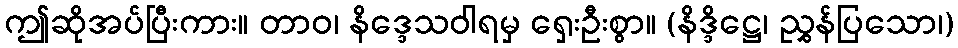
ဤဆိုအပ်ပြီးကား။ တာဝ၊ နိဒ္ဒေသဝါရမှ ရှေးဦးစွာ။ (နိဒ္ဒိဋ္ဌေ၊ ညွှန်ပြသော၊)